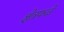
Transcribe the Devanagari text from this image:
क्षेत्रफळे